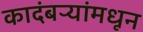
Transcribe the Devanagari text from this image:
कादंबऱ्यांमधून